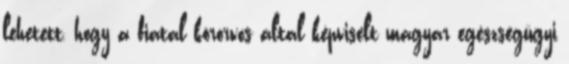
lehetett, hogy a fiatal körorvos által képviselt magyar egészségügyi